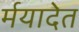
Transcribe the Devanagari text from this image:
र्मयादेत